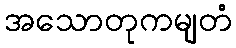
အသောတုကမျတံ